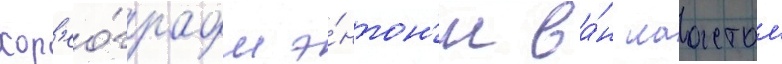
хор'ео́графом э́нтон'и ва́н лаастом